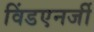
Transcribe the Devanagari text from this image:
विंडएनर्जी